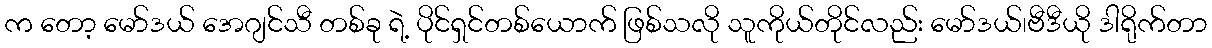
က တော့ မော်ဒယ် အေဂျင်သီ တစ်ခု ရဲ့ ပိုင်ရှင်တစ်ယောက် ဖြစ်သလို သူကိုယ်တိုင်လည်း မော်ဒယ်၊ဗီဒီယို ဒါရိုက်တာ